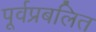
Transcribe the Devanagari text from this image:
पूर्वप्रबलित